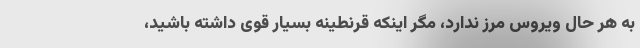
به هر حال ویروس مرز ندارد، مگر اینکه قرنطینه بسیار قوی داشته باشید،